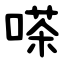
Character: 嗏